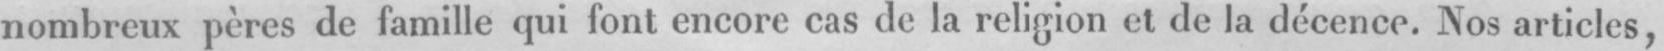
nombreux pères de famille qui font encore cas de la religion et de la décence. Nos articles,